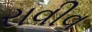
રાવીવ